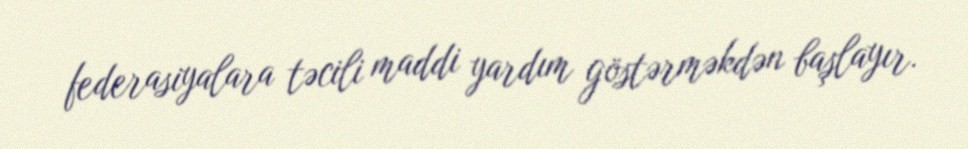
federasiyalara təcili maddi yardım göstərməkdən başlayır.